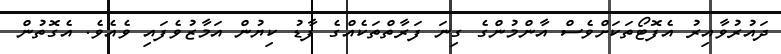
ދައުރުވާއިރު އެފޮޓޯތަކަށްވެސް އާންމުންގެ ގިނަ ފަރާތްތަކެއްގެ ފާޑު ކިޔުން އަމާޒުވެފައި ވެއެވެ. އެގޮތުން